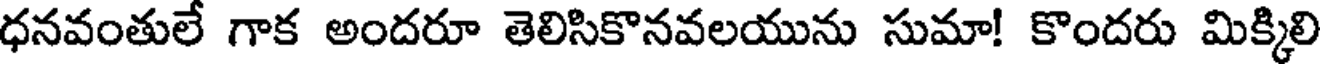
ధనవంతులే గాక అందరూ తెలిసికొనవలయును సుమా! కొందరు మిక్కిలి